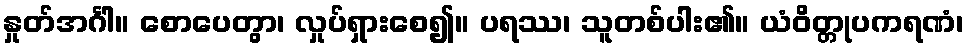
နှုတ်အင်္ဂါ။ စောပေတွာ၊ လှုပ်ရှားစေ၍။ ပရဿ၊ သူတစ်ပါး၏။ ယံဝိတ္တုပကရဏံ၊